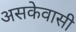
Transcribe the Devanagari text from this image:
असकेवासी